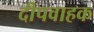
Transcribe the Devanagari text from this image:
दीपवाहक